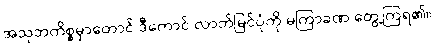
အသုဘကိစ္စမှာတောင် ဒီကောင် လာဘ်မြင်ပုံကို မကြာခဏ တွေ့ကြရ၏။